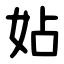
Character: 㚲